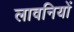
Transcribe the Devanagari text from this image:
लावनियों